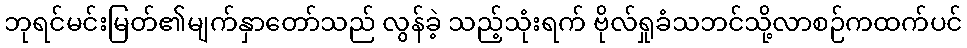
ဘုရင်မင်းမြတ်၏မျက်နှာတော်သည် လွန်ခဲ့ သည့်သုံးရက် ဗိုလ်ရှုခံသဘင်သို့လာစဉ်ကထက်ပင်